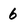
Character: 6